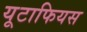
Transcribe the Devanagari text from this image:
यूटाफियस